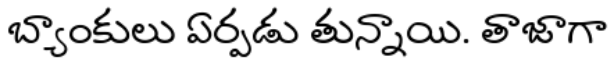
బ్యాంకులు ఏర్పడు తున్నాయి. తాజాగా